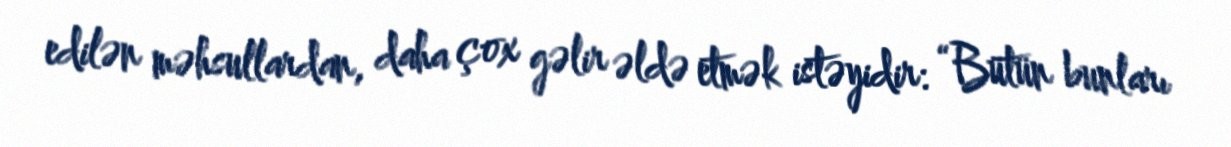
edilən məhsullardan, daha çox gəlir əldə etmək istəyidir: “Bütün bunları